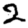
Digit: 2